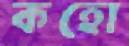
কহো